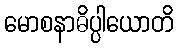
မောစနာဓိပ္ပါယောတိ